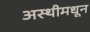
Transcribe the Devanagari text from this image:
अस्थीमधून